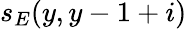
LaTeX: s_{E}(y,y-1+i)